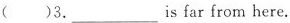
( )3.___is far from here.